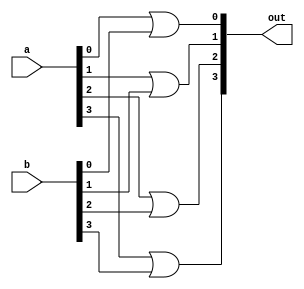
module or4(
    input [3:0] a,
    input [3:0] b,
    output [3:0] out
    );
    or or0 (out[0],a[0],b[0]);
    or or1 (out[1],a[1],b[1]);
    or or2 (out[2],a[2],b[2]);
    or or3 (out[3],a[3],b[3]);
    
endmodule